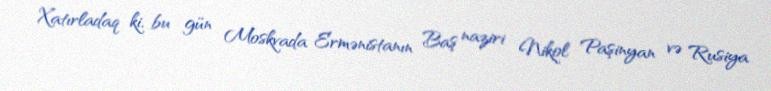
Xatırladaq ki, bu gün Moskvada Ermənistanın Baş naziri Nikol Paşinyan və Rusiya